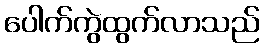
ပေါက်ကွဲထွက်လာသည်